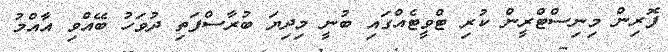
ފޮރިން މިނިސްޓްރީން ކުރި ޓްވީޓެއްގައި ބުނީ މިދިޔަ ބުރާސްފަތި ދުވަހު ބޭއްވި އާއްމު